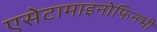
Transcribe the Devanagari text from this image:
एसेटामाइनोफिनभी